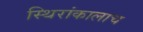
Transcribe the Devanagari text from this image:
स्थिरांकालाच